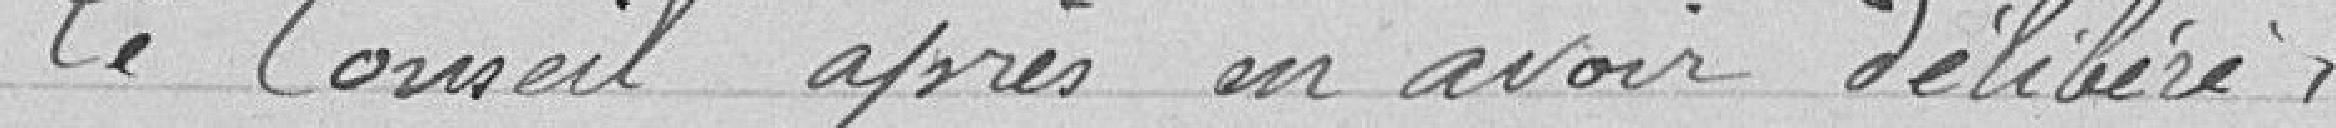
Le Conseil après en avoir délibéré,